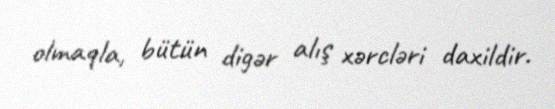
olmaqla, bütün digər alış xərcləri daxildir.